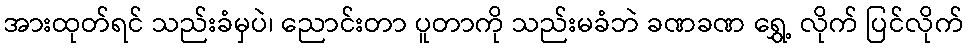
အားထုတ်ရင် သည်းခံမှပဲ၊ ညောင်းတာ ပူတာကို သည်းမခံဘဲ ခဏခဏ ရွှေ့ လိုက် ပြင်လိုက်